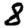
Digit: 8